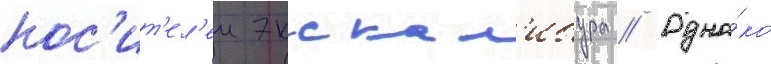
нос'ит'ел'еи экскал'ибура // Одна́ко